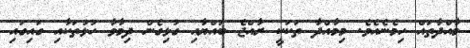
މާއްދާތައް ހިމެނެއެވެ. މިމާއްދާ ތަކަކީ ރާއްޖެ ބައްޔާއި ގުޅިގެން ދިމާވާ ހުޅުތަކާއި ގައިގައި